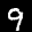
Label: 9